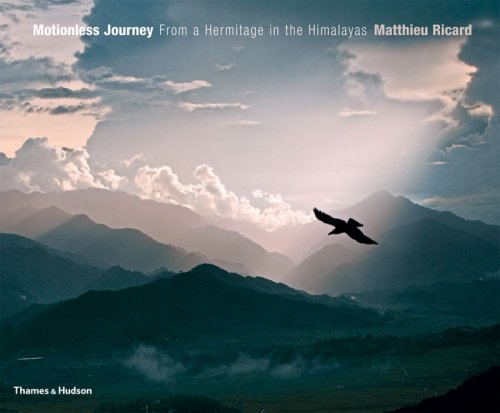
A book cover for Motionless Journey: From a Hermitage in the Himalayas; Matthieu Ricard; Travel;